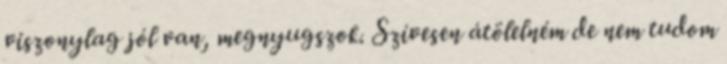
viszonylag jól van, megnyugszok. Szívesen átölelném de nem tudom